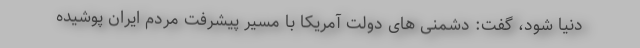
دنیا شود، گفت: دشمنی های دولت آمریکا با مسیر پیشرفت مردم ایران پوشیده